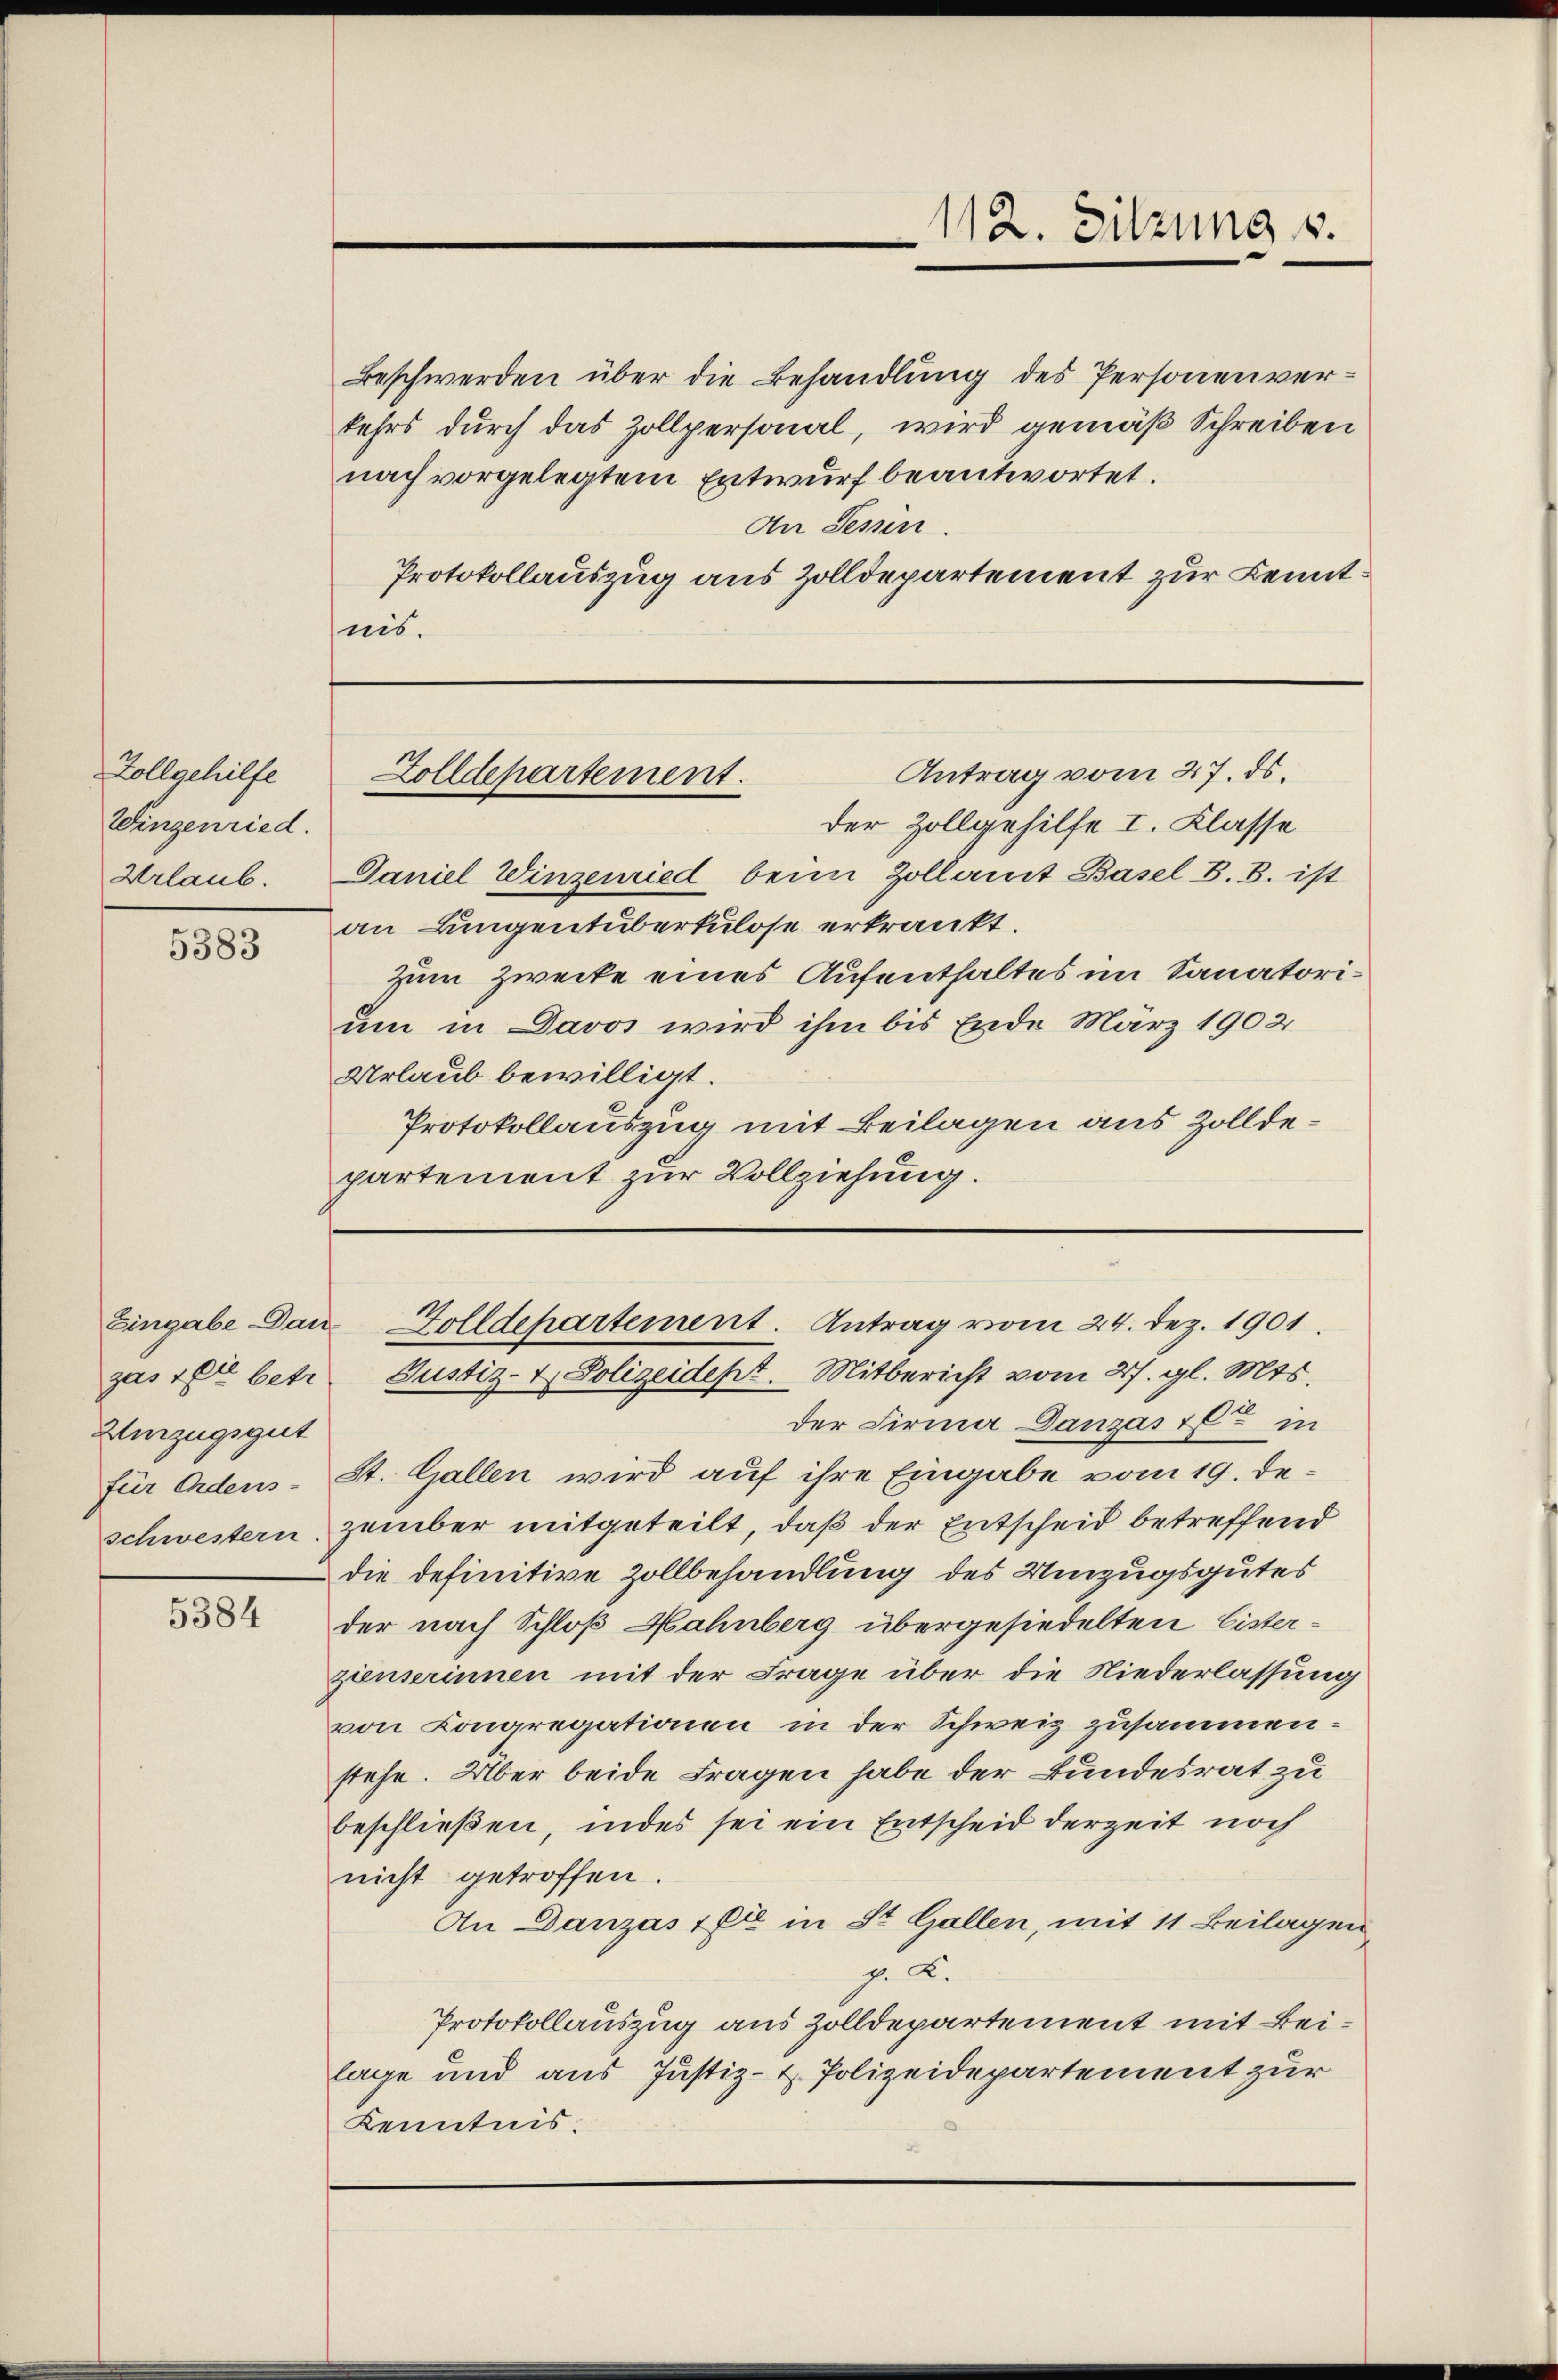
Zollgehilfe
Wingenried.
Urlaub

5383

Eingabe Dan
Aurzugsgut

5384

Beschwerden über die Behandlung des Personenverkehrs durch das Zollpersonal, wird gemäß Schreiben
nach vorgelegtem Entwurf beantwortet.
An Sessen.
Protokollauszug aus Zolldepartement zur Kenntnis.

Zolldepartement.

112. Sitzung v.
e

Zolldepartement. Antrag vom 24. Dez. 1901.
gas 7te betr. Justiz- & Polizeidept. Mitbericht vom 27. gl. Mts.

Antrag vom 27. ds.
der Zollgehilfe I. Klasse
Daniel Winzenried beim Zollamt Basel B. B. ist
an Lungentüberkulose erkrankt.
Zum Zwecke eines Aufenthaltes im Sanatorium in Davos wird ihm bis Ende März 1902
Urlaub bewilligt.
Protokollauszug mit Beilagen aus Zolldepartement zur Vollziehung.

der Firma Danzas oft in
für Ordens-St. Gallen wird auf ihre Eingabe vom 19. Deschwestern zember mitgeteilt, daß der Entscheid betreffend
die definitive Zollbehandlung des Umzugsgutes
der nach Schloß Hahnberg übergesiedelten Eisterzienserinnen mit der Frage über die Niederlassung
von Congregationen in der Schweiz zusammenstehe. Über beide Fragen habe der Bundesrat zu
beschließen, indes sei ein Entscheid derzeit noch
nicht getroffen.
An Danzás 1 Ei in St. Gallen, mit 11 Beilagen
p. 2.
Protokollauszug aus Zolldepartement mit Beilage und aus Justiz- & Polizeidepartement zur
Kenntnis.